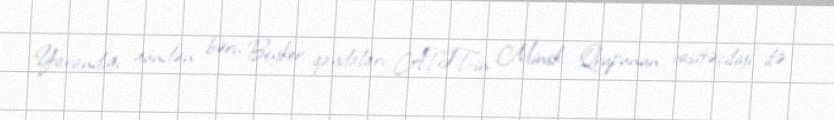
Yarandığı gündən bəri, Beyker qaydaları ATƏT-in Minsk Qrupunun vasitəçiliyi ilə